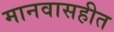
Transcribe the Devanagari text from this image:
मानवासहीत